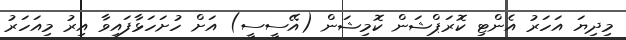
މިދިޔަ އަހަރު އެންޓި ކޮރަޕްޝަން ކޮމިޝަން (އޭސީސީ) އަށް ހުށަހަޅާފައިވާ އިރު މިއަހަރު